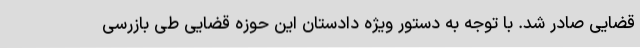
قضایی صادر شد. با توجه به دستور ویژه دادستان این حوزه قضایی طی بازرسی